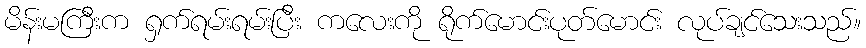
မိန်းမကြီးက ရှက်ရမ်းရမ်းပြီး ကလေးကို ရိုက်မောင်းပုတ်မောင်း လုပ်ချင်သေးသည်။